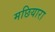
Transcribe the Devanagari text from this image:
मछियारा